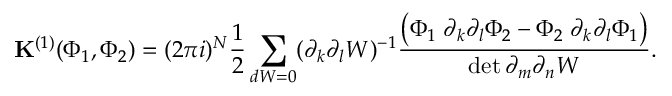
{ \bf K } ^ { ( 1 ) } ( \Phi _ { 1 } , \Phi _ { 2 } ) = ( 2 \pi i ) ^ { N } \frac 1 2 \sum _ { d W = 0 } ( \partial _ { k } \partial _ { { l } } W ) ^ { - 1 } \frac { \left( \Phi _ { 1 } \; \partial _ { k } \partial _ { l } \Phi _ { 2 } - \Phi _ { 2 } \; \partial _ { k } \partial _ { l } \Phi _ { 1 } \right) } { \operatorname* { d e t } \partial _ { m } \partial _ { n } W } .